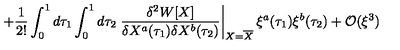
+ \frac { 1 } { 2 ! } \int _ { 0 } ^ { 1 } d \tau _ { 1 } \int _ { 0 } ^ { 1 } d \tau _ { 2 } \left. \frac { \delta ^ { 2 } W [ X ] } { \delta X ^ { a } ( \tau _ { 1 } ) \delta X ^ { b } ( \tau _ { 2 } ) } \right| _ { X = \overline { { X } } } \xi ^ { a } ( \tau _ { 1 } ) \xi ^ { b } ( \tau _ { 2 } ) + { \cal O } ( \xi ^ { 3 } )